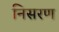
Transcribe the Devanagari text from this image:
निसरण